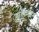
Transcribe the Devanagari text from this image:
सुलेन्जर